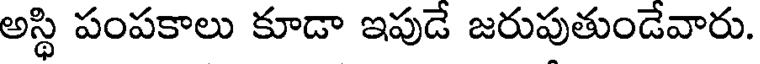
అస్థి పంపకాలు కూడా ఇపుడే జరుపుతుండేవారు.